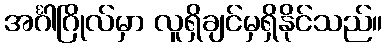
အင်္ဂါဂြိုလ်မှာ လူရှိချင်မှရှိနိုင်သည်။